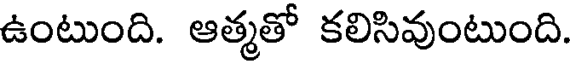
ఉంటుంది. ఆత్మతో కలిసివుంటుంది.